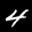
Label: 4